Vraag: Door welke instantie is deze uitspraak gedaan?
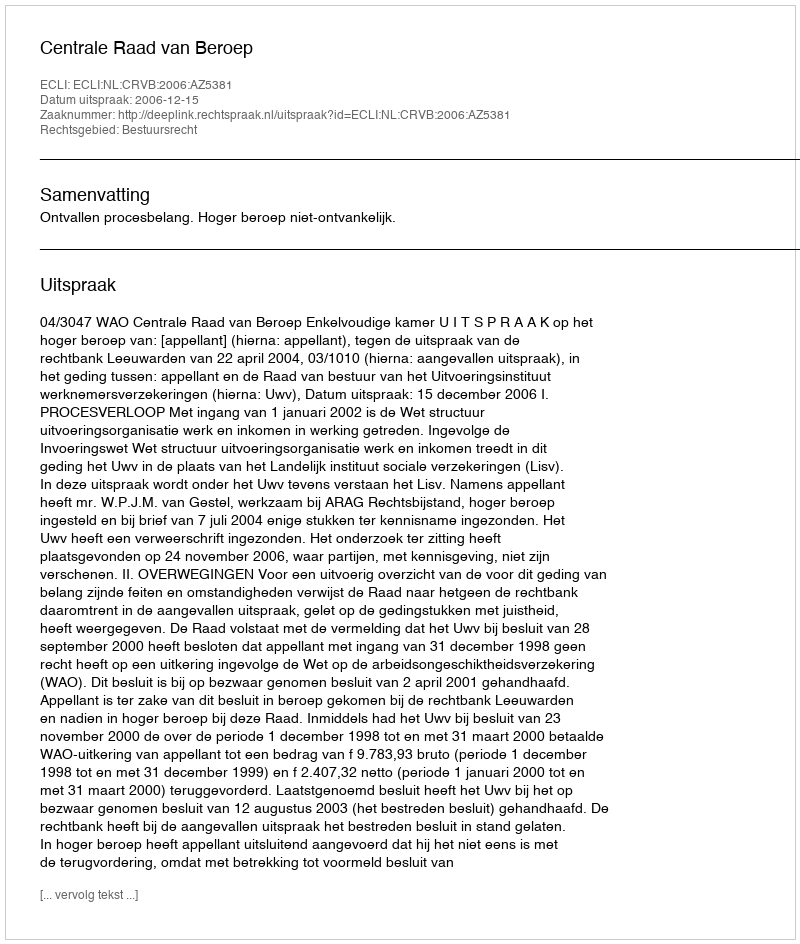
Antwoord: Centrale Raad van Beroep